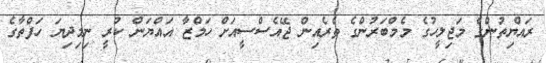
ރައްޔިތުންގެ މަޖިލީހުގެ މެމްބަރުންގެ ތެރެއިން ޖޭއެސްސީއަށް ހަމްޒާ އައްޔަން ކުރީ ނިމިދިޔަ ހަފްތާގެ